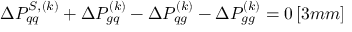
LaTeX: \Delta P _ { q q } ^ { S , ( k ) } + \Delta P _ { g q } ^ { ( k ) } - \Delta P _ { q g } ^ { ( k ) } - \Delta P _ { g g } ^ { ( k ) } = 0 \, [ 3 m m ]